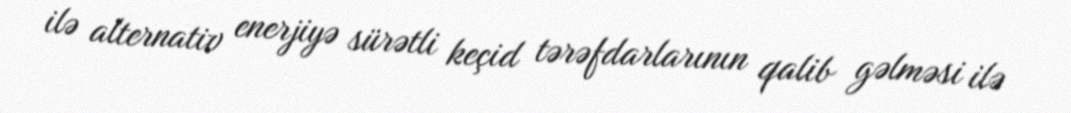
ilə alternativ enerjiyə sürətli keçid tərəfdarlarının qalib gəlməsi ilə